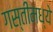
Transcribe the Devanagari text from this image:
गस्तीमध्ये